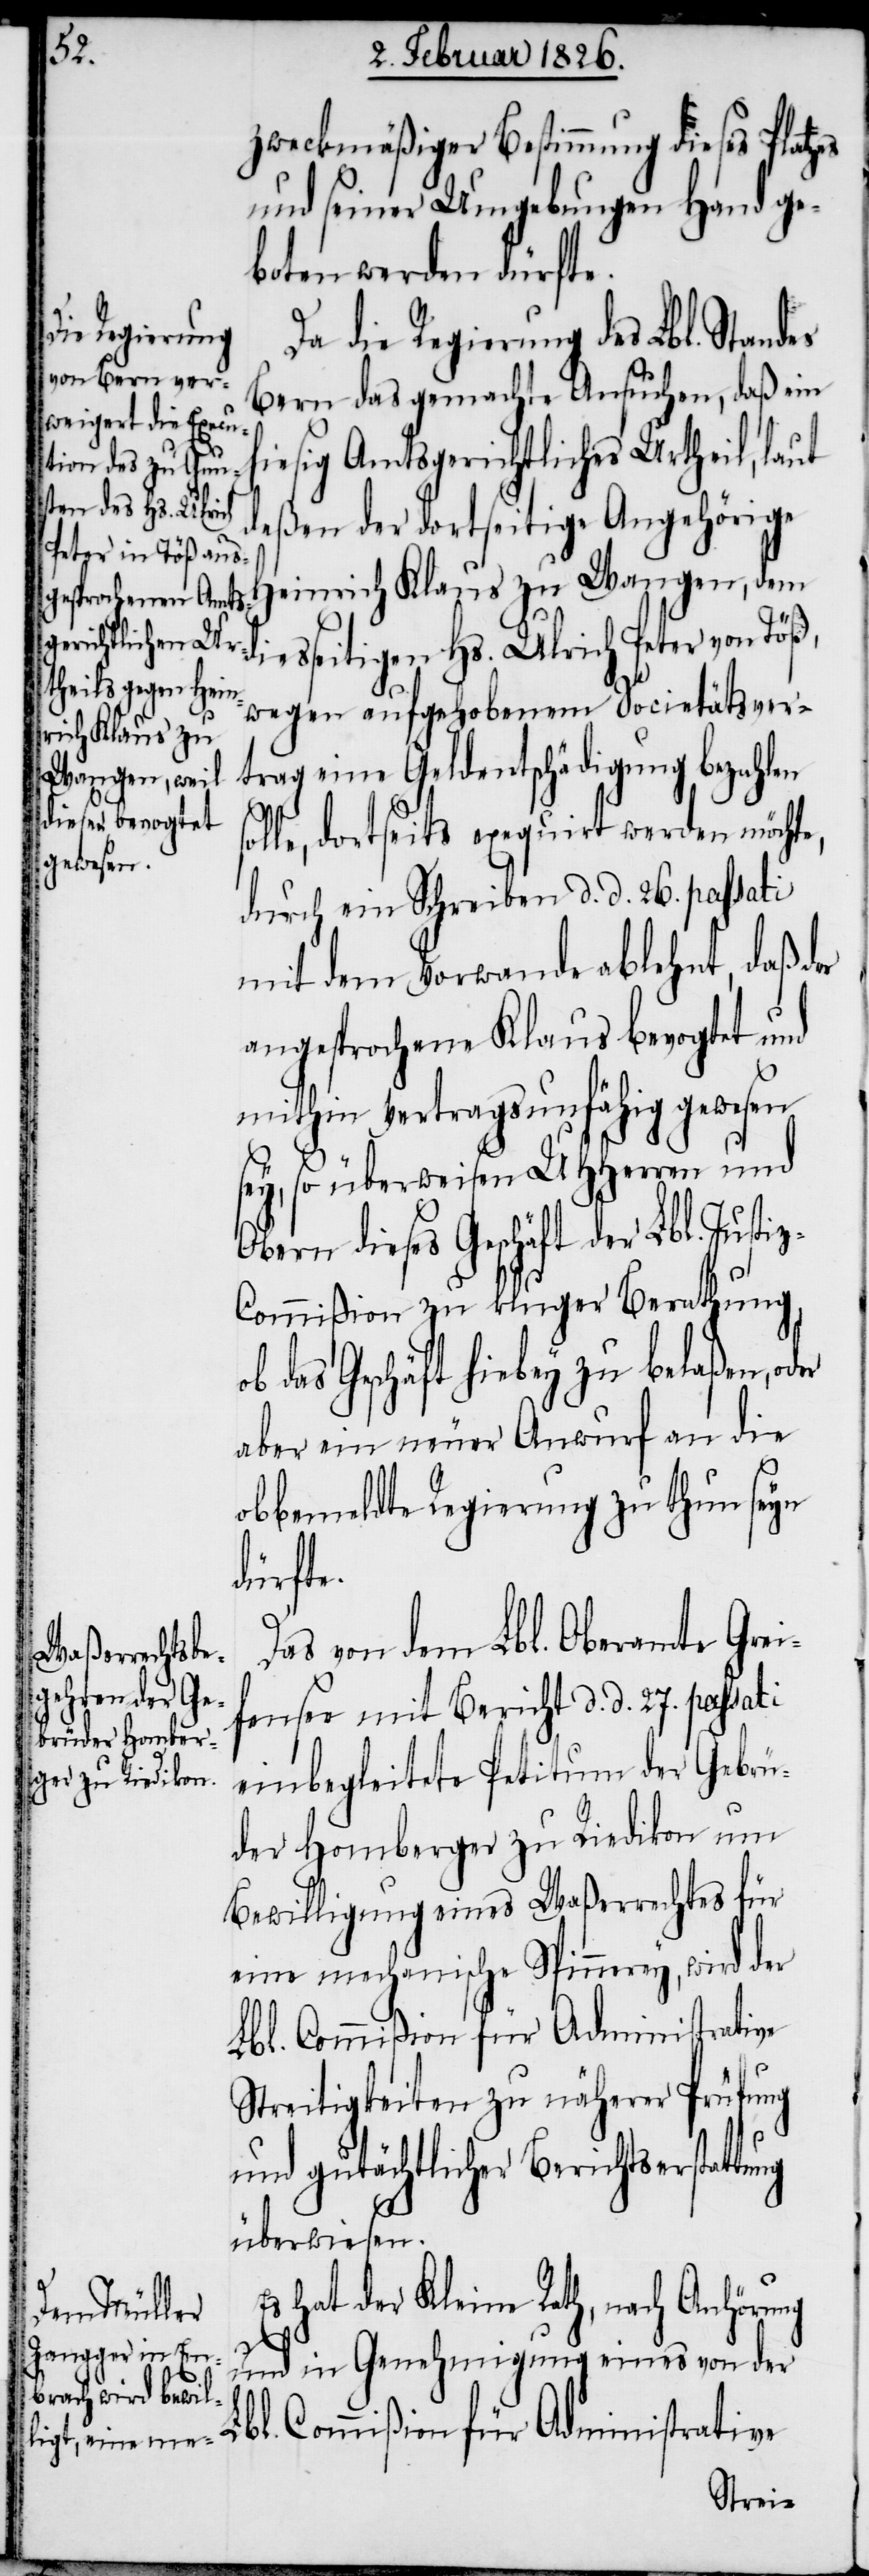
tung
zweckmäßiger Bestimmung dieses Platzes
und seiner Umgebungen Hand ge¬
boten werden dürfte.
Da die Regierung des Lbl. Stand¬
Bern das gemachte Ansuchen, daß ein
hiesig Amtsgerichtliches Urtheil, laut
seitigen Hs. Ulrich
deßen der dortseitige Angehörige
Heinrich Klaus zu Wangen, dem
wegen aufgehobenem Societätsver¬
trag eine Geldentschädigung bezahlen
olle, dortseits exequirt werden möchte,
durch ein Schreiben d. d. 26. passati
mit dem Vorwande abgelehnt, daß der
angesprochene Klaus bevogtet und
mithin vertragsunfähig gewesen
sey, so überweisen UHHerren und
Obern dieses Geschäft der Lbl. Justi¬
z-Commißion zu kluger Berathung,
das Geschäft hiebey zu belaßen,
aber ein neuer Anwurf an die
obbemeldte Regierung zu thun seyn
dürfte.
Das von dem Lbl. Oberamte Grei¬
fensee mit Bericht d. d. 27. passati
einbegleitete Petitum der Gebrü¬
der Homberger zu Riedikon um
Bewilligung eines Waßerrechtes für
eine mechanische Spinnerey, wird der
Lbl. Commißion für Administrative
Streitigkeiten zu näherer Prüfung
und gutächtlicher Berichtserstat¬
überwiesen.
Es hat der Kleine Rath, nach Anhörung
und in Genehmigung eines von der